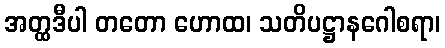
အတ္ထဒီပါ တတော ဟောထ၊ သတိပဋ္ဌာနဂေါစရာ၊